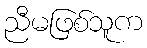
ညီမဖြစ်သူက